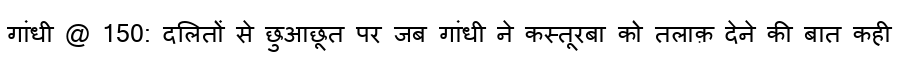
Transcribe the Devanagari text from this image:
गांधी @ 150: दलितों से छुआछूत पर जब गांधी ने कस्तूरबा को तलाक़ देने की बात कही